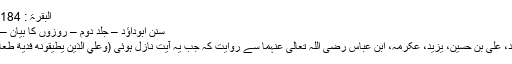
البقرۃ : 184) نازل……
سنن ابوداؤد – جلد دوم – روزوں کا بیان – حدیث 552
احمد بن محمد، علی بن حسین، یزید، عکرمہ، ابن عباس رضی اللہ تعالیٰ عنہما سے روایت کہ جب یہ آیت نازل ہوئی (وَعَلَي الَّذِيْنَ يُطِيْقُوْنَه فِدْيَةٌ طَعَامُ مِسْكِيْنٍ) 2۔